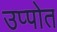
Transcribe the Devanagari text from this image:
उप्पोत